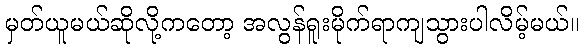
မှတ်ယူမယ်ဆိုလို့ကတော့ အလွန်ရူးမိုက်ရာကျသွားပါလိမ့်မယ်။